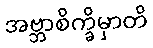
အဗ္ဘာစိက္ခိမှာတိ